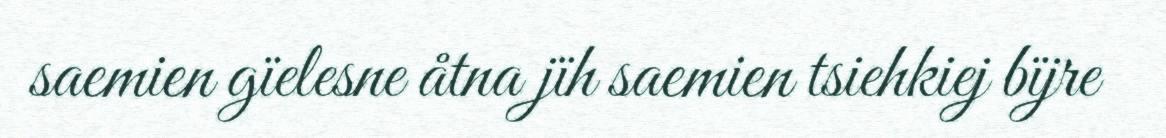
saemien gïelesne åtna jïh saemien tsiehkiej bïjre